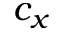
c _ { x }